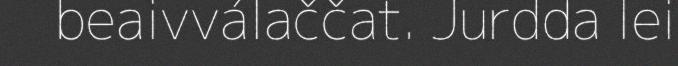
beaivválaččat. Jurdda lei